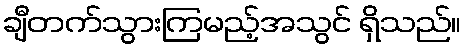
ချီတက်သွားကြမည့်အသွင် ရှိသည်။